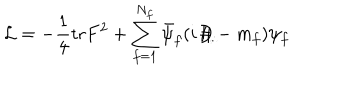
{ \cal L } = - \frac { 1 } { 4 } \mathrm { t r } F ^ { 2 } + \sum _ { f = 1 } ^ { N _ { f } } \bar { \psi } _ { f } ( i \! \not { \! \! D } - m _ { f } ) \psi _ { f }